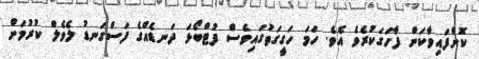
ކޮށްފައިވާކަން ފާހަގަކުރެވެ އެވެ. ހަމަ ހަގީގަތުގައިވެސް ފުޓްބޯޅަ ދަނޑެއްގެ ފަސްގަނޑު ލެވެލް ކުރުމަށް